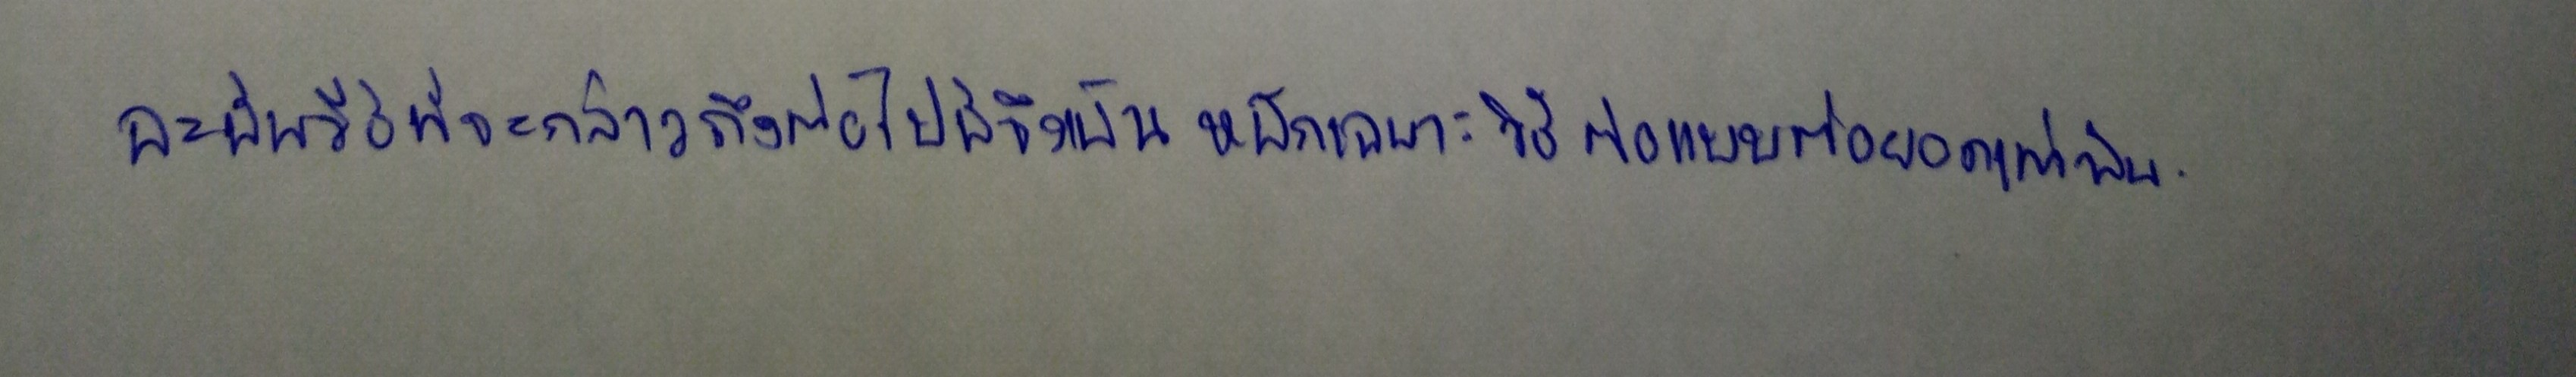
ฉะนั้นวิธีที่จะกล่าวถึงต่อไปนี้จึงเน้นหนักเฉพาะวิธีต่อแบบต่อยอดเท่านั้น